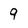
Character: 9